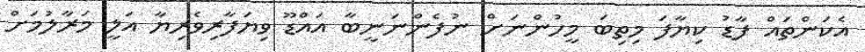
އެކަންތައް ފާޑު ކިޔާފަ މިތިބަ މީހުންނަށް ނުފެންނަނީބާ އައްޑޫ ވިޔަފާރިވެރިޔާ އަލީ މަރާލުމަށް